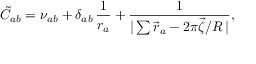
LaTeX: \tilde { C } _ { a b } = \nu _ { a b } + \delta _ { a b } \, \frac { 1 } { r _ { a } } + \frac { 1 } { | \sum \vec { r } _ { a } - 2 \pi \vec { \zeta } / R \, | } ,